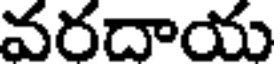
వరదాయ